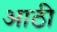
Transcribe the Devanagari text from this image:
आठी